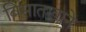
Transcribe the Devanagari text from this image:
बिसातख़ाने